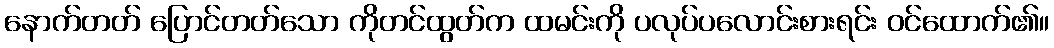
နောက်တတ် ပြောင်တတ်သော ကိုတင်ထွတ်က ထမင်းကို ပလုပ်ပလောင်းစားရင်း ဝင်ထောက်၏။